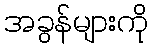
အခွန်များကို